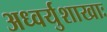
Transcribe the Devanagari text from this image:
अध्वर्युशाखाः